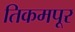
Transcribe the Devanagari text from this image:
तिकमपूर